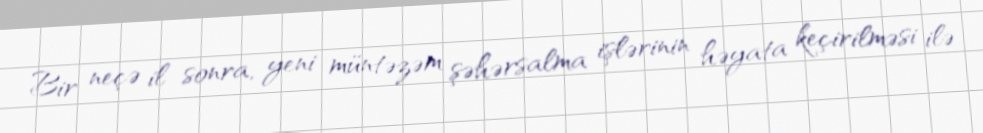
Bir neçə il sonra, yeni müntəzəm şəhərsalma işlərinin həyata keçirilməsi ilə